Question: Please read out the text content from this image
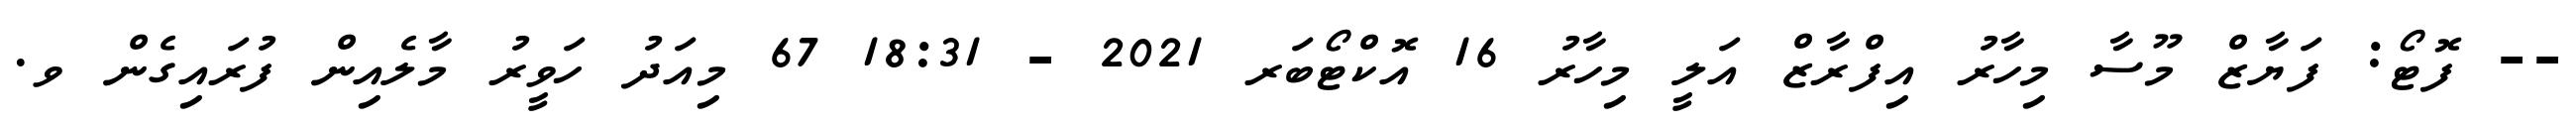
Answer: -- ފޮޓޯ: ފަޔާޒް މޫސާ މިހާރު އިފްރާޒް އަލީ މިހާރު 16 އޮކްޓޯބަރ 2021 - 18:31 67 މިއަދު ހަވީރު މާލެއިން ފުރައިގެން ވ.